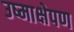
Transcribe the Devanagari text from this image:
उष्माक्षेपण